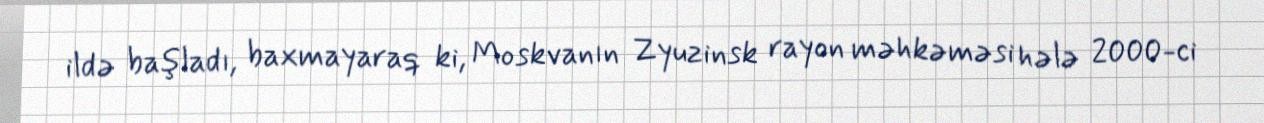
ildə başladı, baxmayaraq ki, Moskvanın Zyuzinsk rayon məhkəməsi hələ 2000-ci